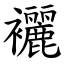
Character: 襹